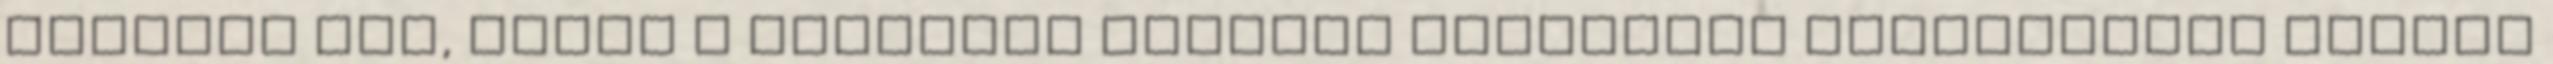
annyira nem, lévén a cukorral készült édességek tiltólistán vannak